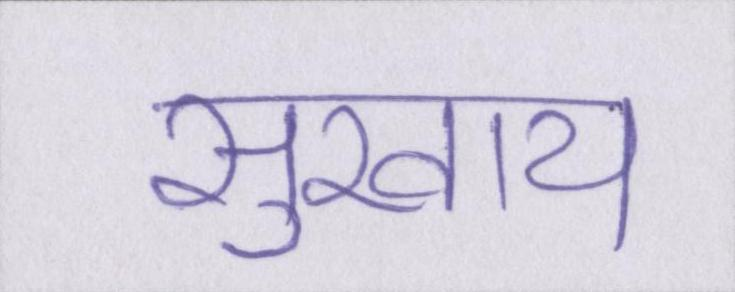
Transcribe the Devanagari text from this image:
सुखाय